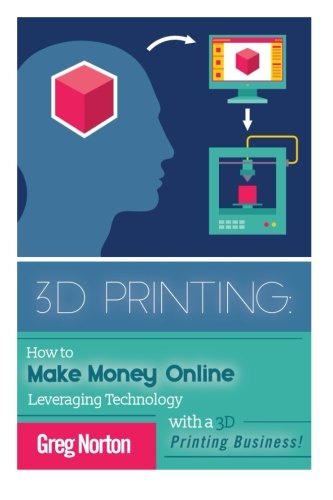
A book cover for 3D Printing: How to Make Money Online Leveraging Technology with a 3D Printing Business (3D Printing - 3D Printing Business - 3D Printing for Beginners - How to 3D Print); Greg Norton; Computers & Technology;